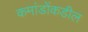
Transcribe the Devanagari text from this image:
कमांडोंकडील